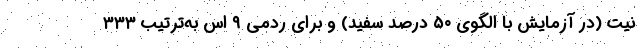
نیت (در آزمایش با الگوی ۵۰ درصد سفید) و برای ردمی ۹ اس به‌ترتیب ۳۳۳